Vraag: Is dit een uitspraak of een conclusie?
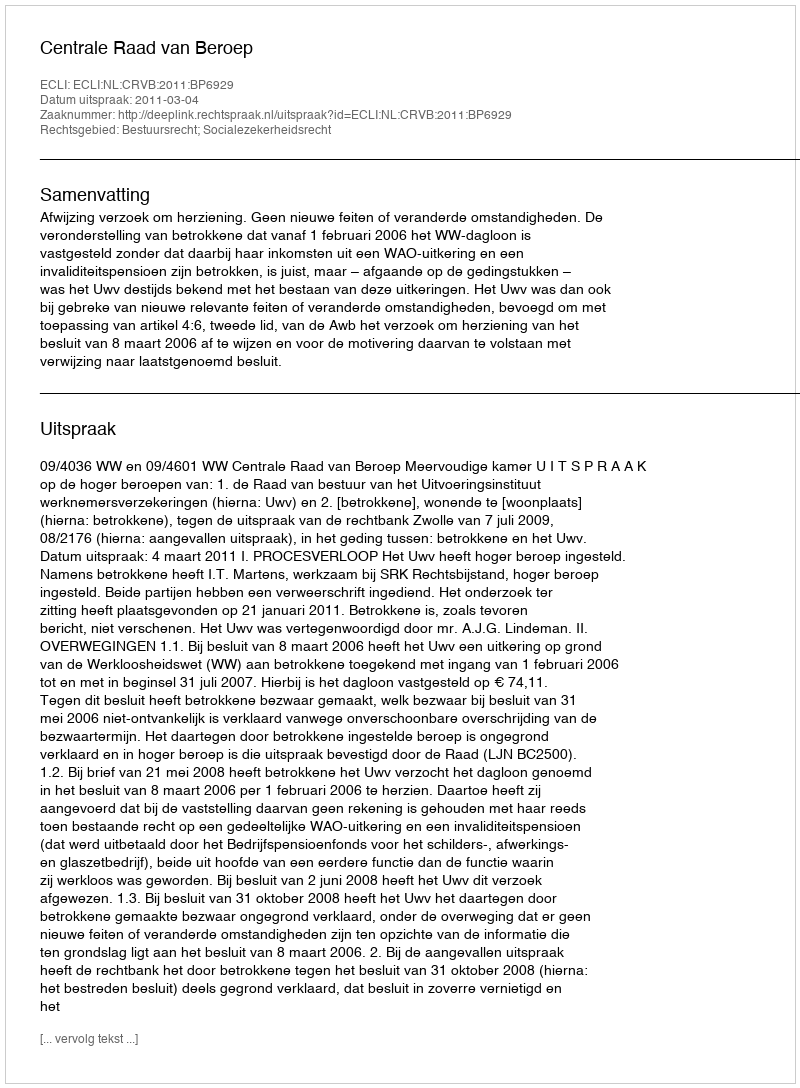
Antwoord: Uitspraak